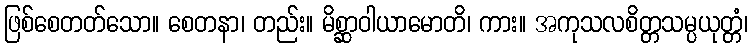
ဖြစ်စေတတ်သော။ စေတနာ၊ တည်း။ မိစ္ဆာဝါယာမောတိ၊ ကား။ အကုသလစိတ္တသမ္ပယုတ္တံ၊